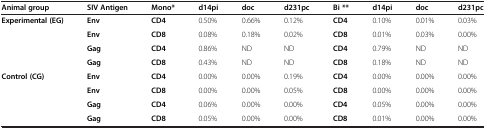
| Animal group | SIV Antigen | Mono* | d14pi | doc | d231pc | Bi ** | d14pi | doc | d231pc |
 | --- | --- | --- | --- | --- | --- | --- | --- | --- | --- |
 | Experimental (EG) | Env | CD4 | 0.50% | 0.66% | 0.12% | CD4 | 0.10% | 0.01% | 0.03% |
 |  | Env | CD8 | 0.08% | 0.18% | 0.02% | CD8 | 0.01% | 0.03% | 0.00% |
 |  | Gag | CD4 | 0.86% | ND | ND | CD4 | 0.79% | ND | ND |
 |  | Gag | CD8 | 0.43% | ND | ND | CD8 | 0.18% | ND | ND |
 | Control (CG) | Env | CD4 | 0.00% | 0.00% | 0.19% | CD4 | 0.00% | 0.00% | 0.00% |
 |  | Env | CD8 | 0.00% | 0.00% | 0.05% | CD8 | 0.00% | 0.00% | 0.00% |
 |  | Gag | CD4 | 0.06% | 0.00% | 0.00% | CD4 | 0.05% | 0.00% | 0.00% |
 |  | Gag | CD8 | 0.05% | 0.00% | 0.00% | CD8 | 0.01% | 0.00% | 0.00% |